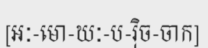
[អៈ-មោ-ឃៈ-ប-រ៉ិច-ចាក]